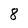
Character: 8